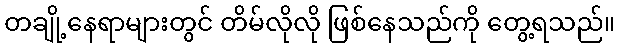
တချို့နေရာများတွင် တိမ်လိုလို ဖြစ်နေသည်ကို တွေ့ရသည်။